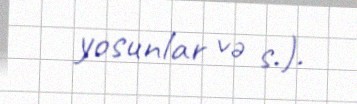
yosunlar və s.).